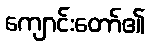
ကျောင်းတော်၏